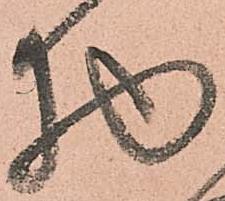
物